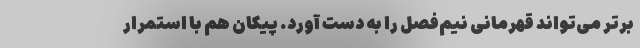
برتر می‌تواند قهرمانی نیم‌فصل را به دست آورد. پیکان هم با استمرار